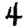
Digit: 4